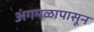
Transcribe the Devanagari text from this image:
अंगमळापासून